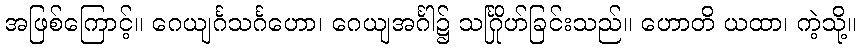
အဖြစ်ကြောင့်။ ဂေယျင်္ဂသင်္ဂဟော၊ ဂေယျအင်္ဂါ၌ သင်္ဂြိုဟ်ခြင်းသည်။ ဟောတိ ယထာ၊ ကဲ့သို့။